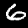
Label: 6